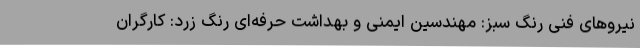
نیروهای فنی رنگ سبز: مهندسین ایمنی و بهداشت حرفه‌ای رنگ زرد: کارگران